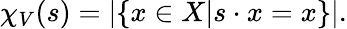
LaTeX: \chi_{V}(s)=|\{ x\in X|s\cdot x=x\} |.